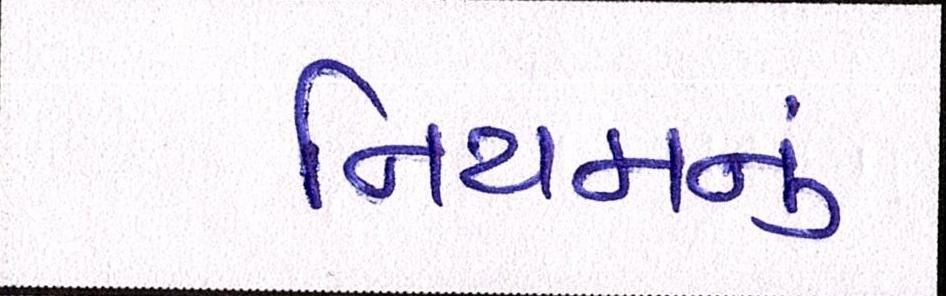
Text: નિયમનું